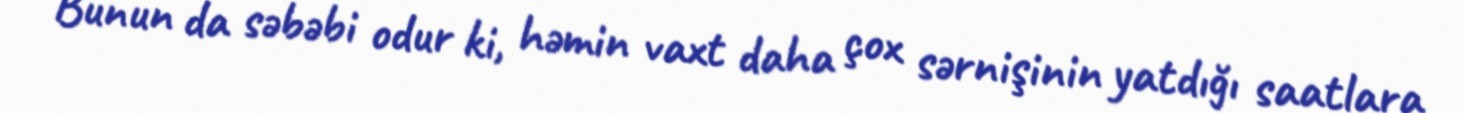
Bunun da səbəbi odur ki, həmin vaxt daha çox sərnişinin yatdığı saatlara